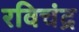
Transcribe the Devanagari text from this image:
रविचंद्र